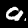
Label: 9